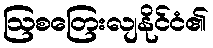
ဩစတြေးလျနိုင်ငံ၏